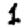
Digit: 1